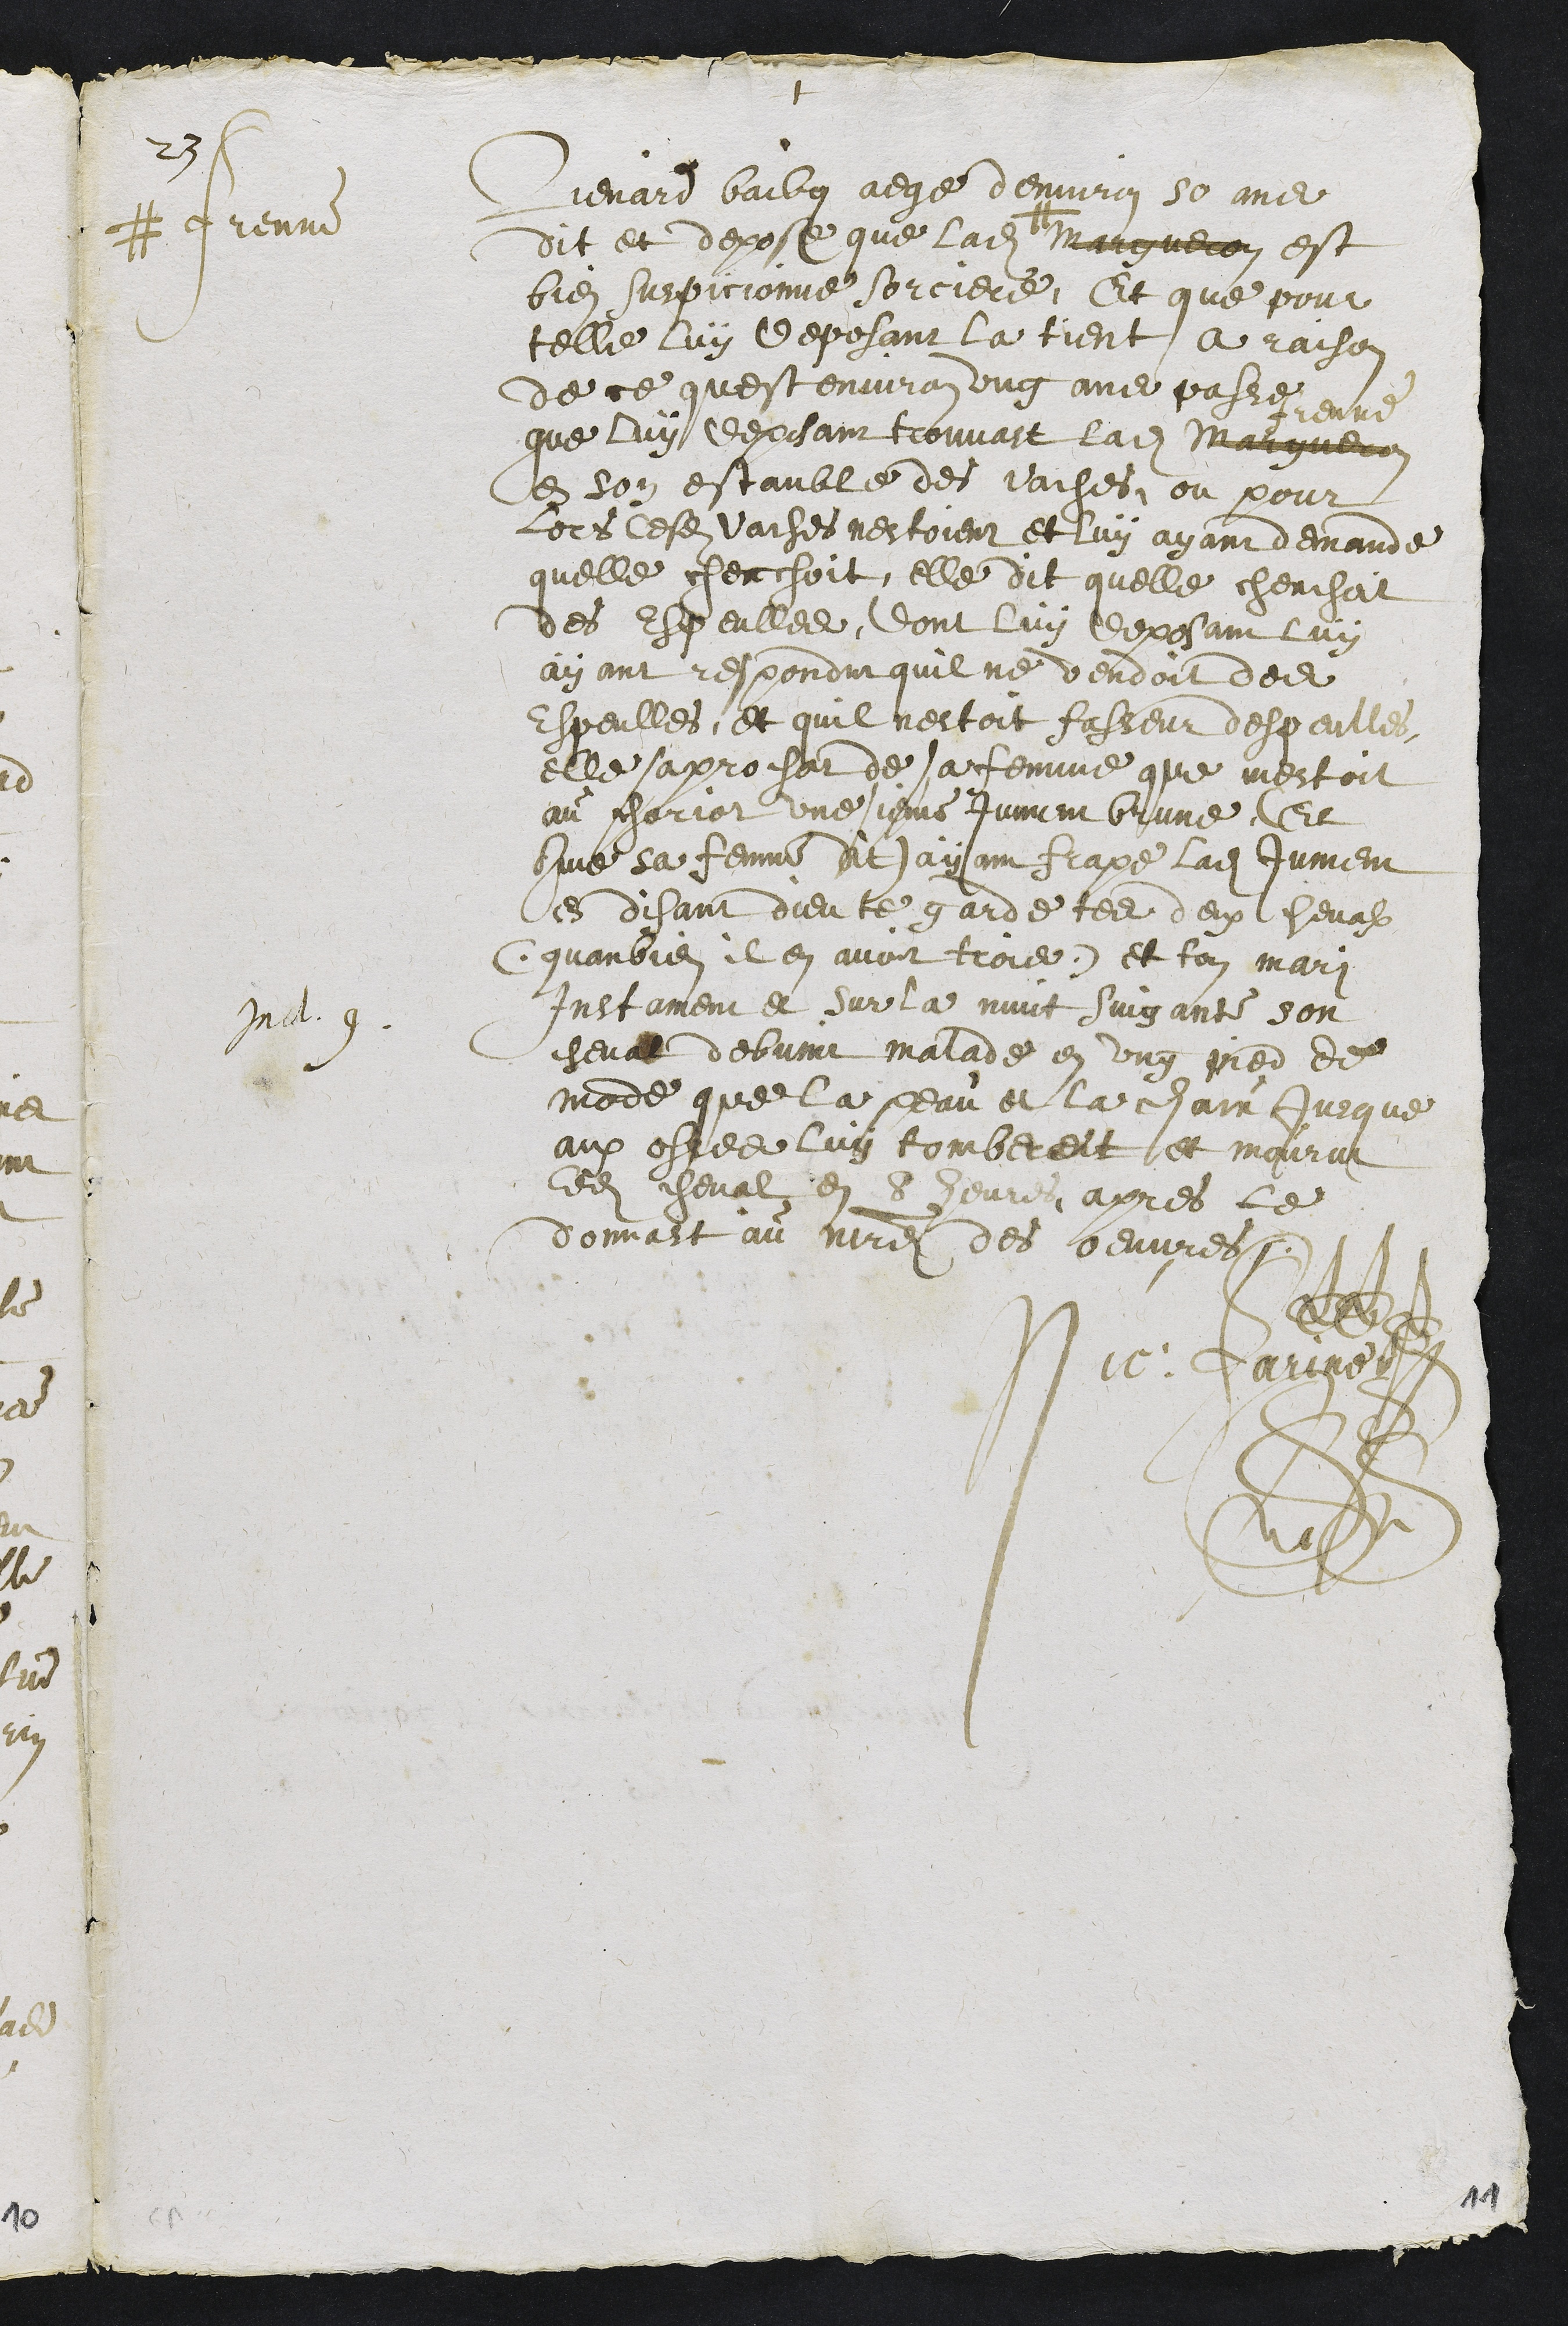
+
23
Lienard baibon eage denviron 50 ans
dit et depose que ladite # Margueron
# Frene
est
bien suspicionne sorciere. Et que pour
telle luy deposant la tient a raison
de ce quest environ ung ans passe
Frene
que luy deposant trouvast ladite Margueron
en son estable des vaches, ou pour
lors lesdits vaches nestoient et luy ayant demande
quelle cherchoit, elle dit quelle cherchat
des espeulles, dont luy deposant luy
ayant respondu quil ne vendoit dedit
espeulles, et quil nestoit fesseur despaulles
elle saprocher de sa femme que mestoit
au chariot, une sienne Jument brune Et
que sa femme dit Jaisain frape ladite jument
es disant dieu te garde tes deux heval
quarbien il en avoit trois et ton mari
Instament et sur la nuict suigante son
Vid.
cheval debvoit malade en ung pied de
mode que la Leau et la chain Jacque
aux este luy tomber et et mourut
ledit cheval en et deau apres le
donnant au maitre des beuvres
Nic: Farine
11